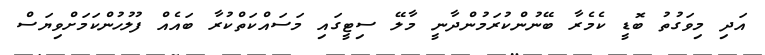
އަދި މިވަގުތު ބޮޑީ ކެމެރާ ބޭނުންކުރަމުންދާނީ މާލޭ ސިޓީގައި މަސައްކަތްކުރާ ބައެއް ފުލުހުންކަމަށްވިޔަސް